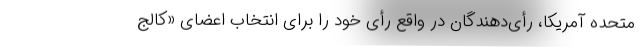
متحده آمریکا، رأی‌دهندگان در واقع رأی خود را برای انتخاب اعضای «کالج